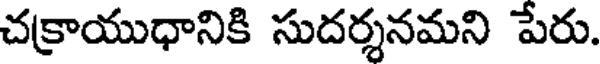
చక్రాయుధానికి సుదర్శనమని పేరు.